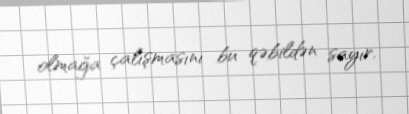
olmağa çalışmasını bu qəbildən sayır.